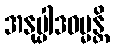
အနုပ္ပါဒဓမ္မန္တိ